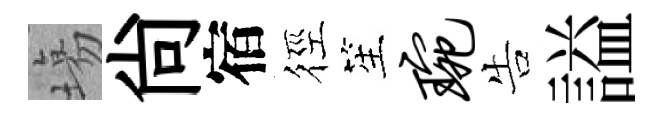
塲尙宿徑笙琬告謚